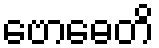
ဗောဓေတိ